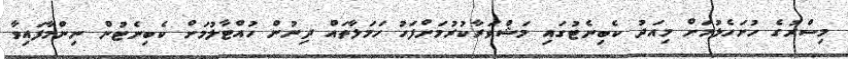
މިސްރުގެ ހުށަހެޅުމަށް މިއަދު ކެބިނެޓުގައި މަޝްވަރާކުރުމަށްފަހު ހަމަލާތައް ދިނުން ހުއްޓާލުމަށް ކެބިނެޓުން ނިންމާފައިވާ